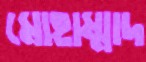
মোহাম্মাদ